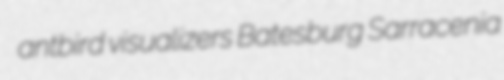
antbird visualizers Batesburg Sarracenia